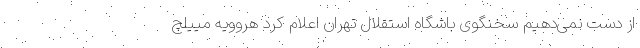
از دست نمی‌دهیم سخنگوی باشگاه استقلال تهران اعلام کرد هروویه مییلچ